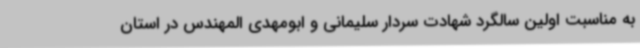
به مناسبت اولین سالگرد شهادت سردار سلیمانی و ابومهدی المهندس در استان